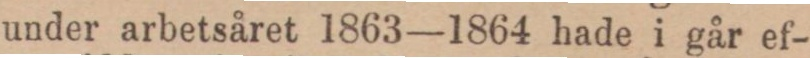
under arbetsåret 1863—1864 hade i går ef-